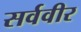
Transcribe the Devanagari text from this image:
सर्ववीर